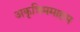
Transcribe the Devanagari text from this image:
अकृत्रिममाहम